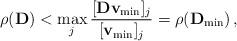
LaTeX: \begin{align*} \rho(\mathbf{D}) < \max_j \frac{[\mathbf{D}\mathbf{v}_{\min}]_j}{[\mathbf{v}_{\min}]_j} = \rho(\mathbf{D}_{\min})\,,\end{align*}